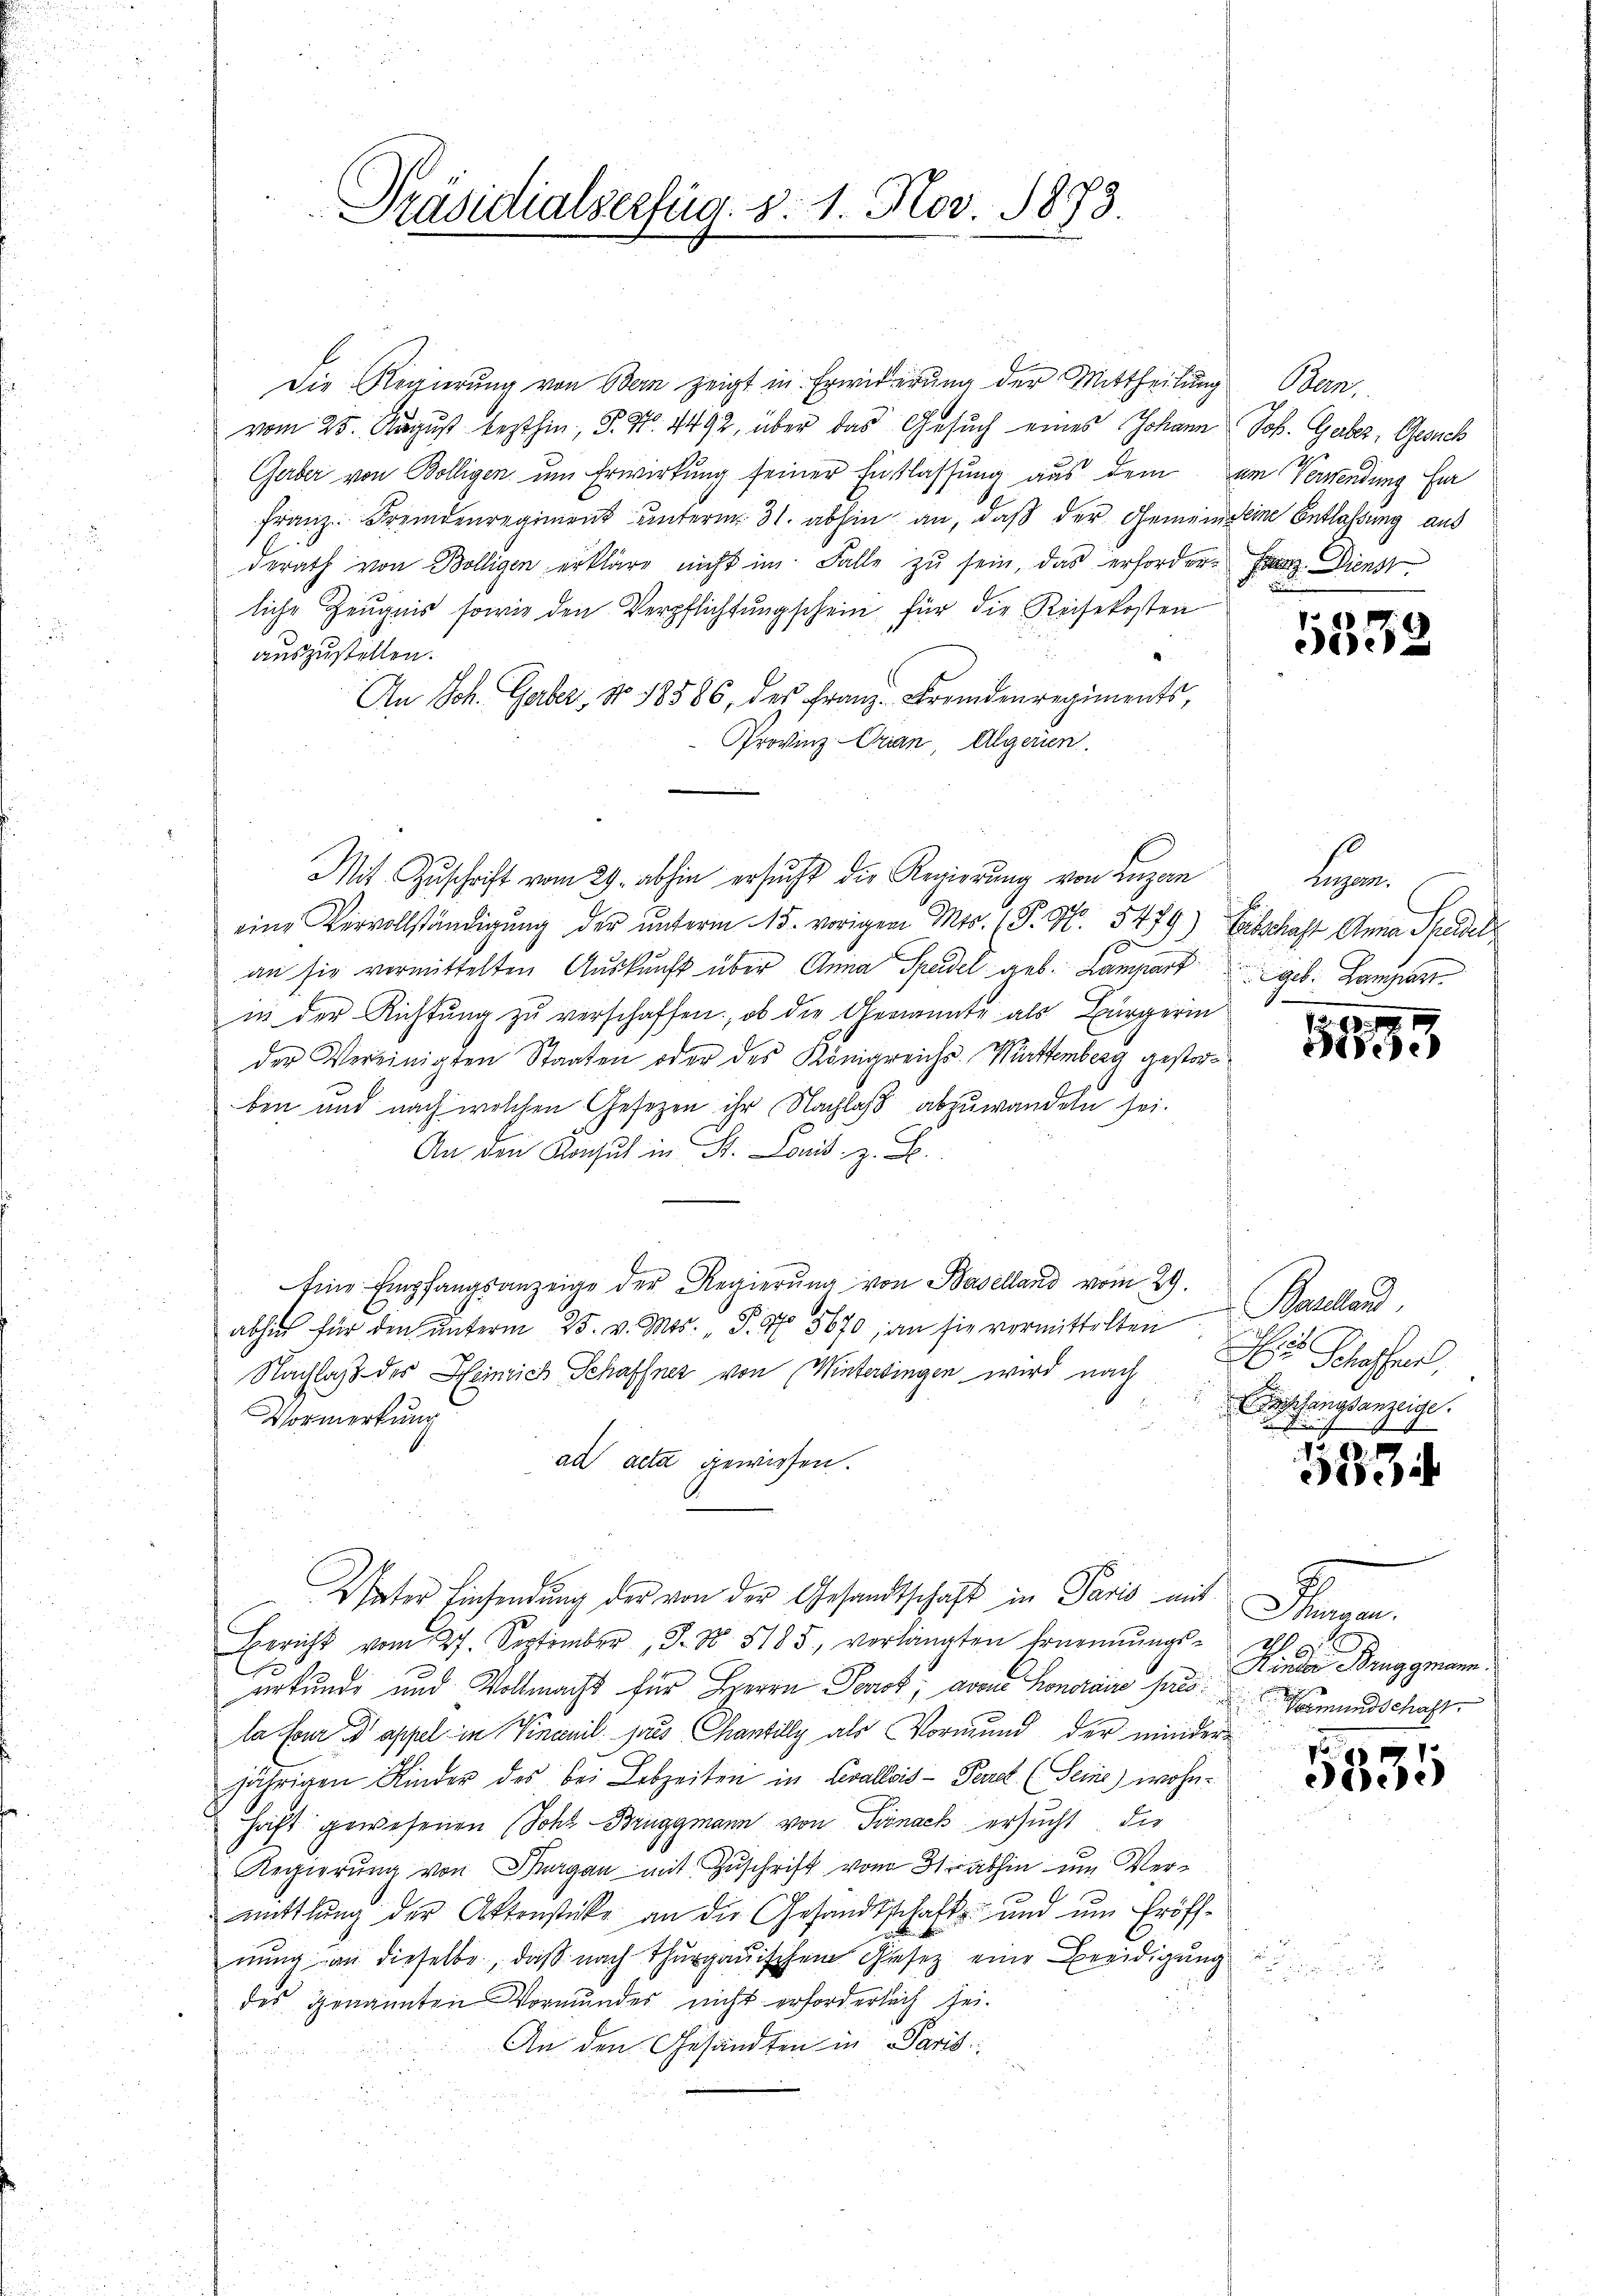
Präsidialverfüg §. 1. Nov. 1873.

Die Regierung von Bern zeigt in Erwiderung der Mittheilung Bern,
vom 25. August lezthin, S. Nr. 4492, über das Gesuch eines Johann Joh. Gaber, Gesuch
Gerber von Bolligen um Erwirkung seiner Entlassung aus dem am Verwendung für
franz. Fremdenregiment unterm 31. abhin an, daß der Gemeindeine Entlaßung aus
derath von Bolligen erkläre nicht im Falle zŭ sein, das erfordere Franz Dienst
liche Zeugnis sowie den Verpflichtungschein, für die Reisekosten
auszustellen.
An Joh. Gaber, No 18586 des Franz Fremdenregiments,
Provinz-Orian Algerien.
Mit Zuschrift vom 29. abhin ersucht die Regierung von Luzern
eine Vervollständigŭng der ŭnterm 15. vorigen Mts. (T. 96. 5479) Erbschaft Anna Scheidel
an sie vermittelten Auskunft über Anna Speidel geb. Lampart geb. Lamper
in der Richtung zu verschaffen, ob die Genannte als Bürgerin
der Vereinigten Staaten oder des Königreichs Württemberg gestorben und nach welchen Gesezen ihr Nachlaß abzuwandeln sei.
An den Konsul in St. Land z.
Eine Empfangsanzeige der Regierŭng von Baselland vom 29.
abhut für den ŭnterm 25. v. Mts. S. 175670, an sie vormittelten Baselland
Nachlaß des Heinrich Schaffnet von Winterdingen wird nach
Vormerkung

ad acta gewiesen.
Vater Einsendung der von der Gesandtschaft in Paris mit
Bericht vom 27. September J. No. 5185, verlangten Ernennungs-
D
s
urkunde und Vollmacht für Herrn Post, avan Honorais sus
la four appel in Vincnil jaus Chantily als Vormund der minder
jährigen Kinder des bei Lebzeiten in Levallis - Paret. (Seine wohnhaft gewesenen (Sohn - Bruggmann von Sirnach ersucht, die
Regierung von Burgau mit Zuschrift vom 31 abhin um Vermittlung der Aktenstücke an die Gesandtschaft und um Eröffnung an dieselbe, daß nach Thurgauischem Gesetz eine Beeidigung
des genannten Vormundes nicht erforderlich sei.
An den Gesandten in Paris

5532

fl
Hitzern.
.

3199

Schaffen,
rslangsanzeige.
E

585

E
Thurgau.
r
Hinder Bruggmann.
Vormundschaft

5835